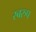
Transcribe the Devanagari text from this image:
स्बरुप